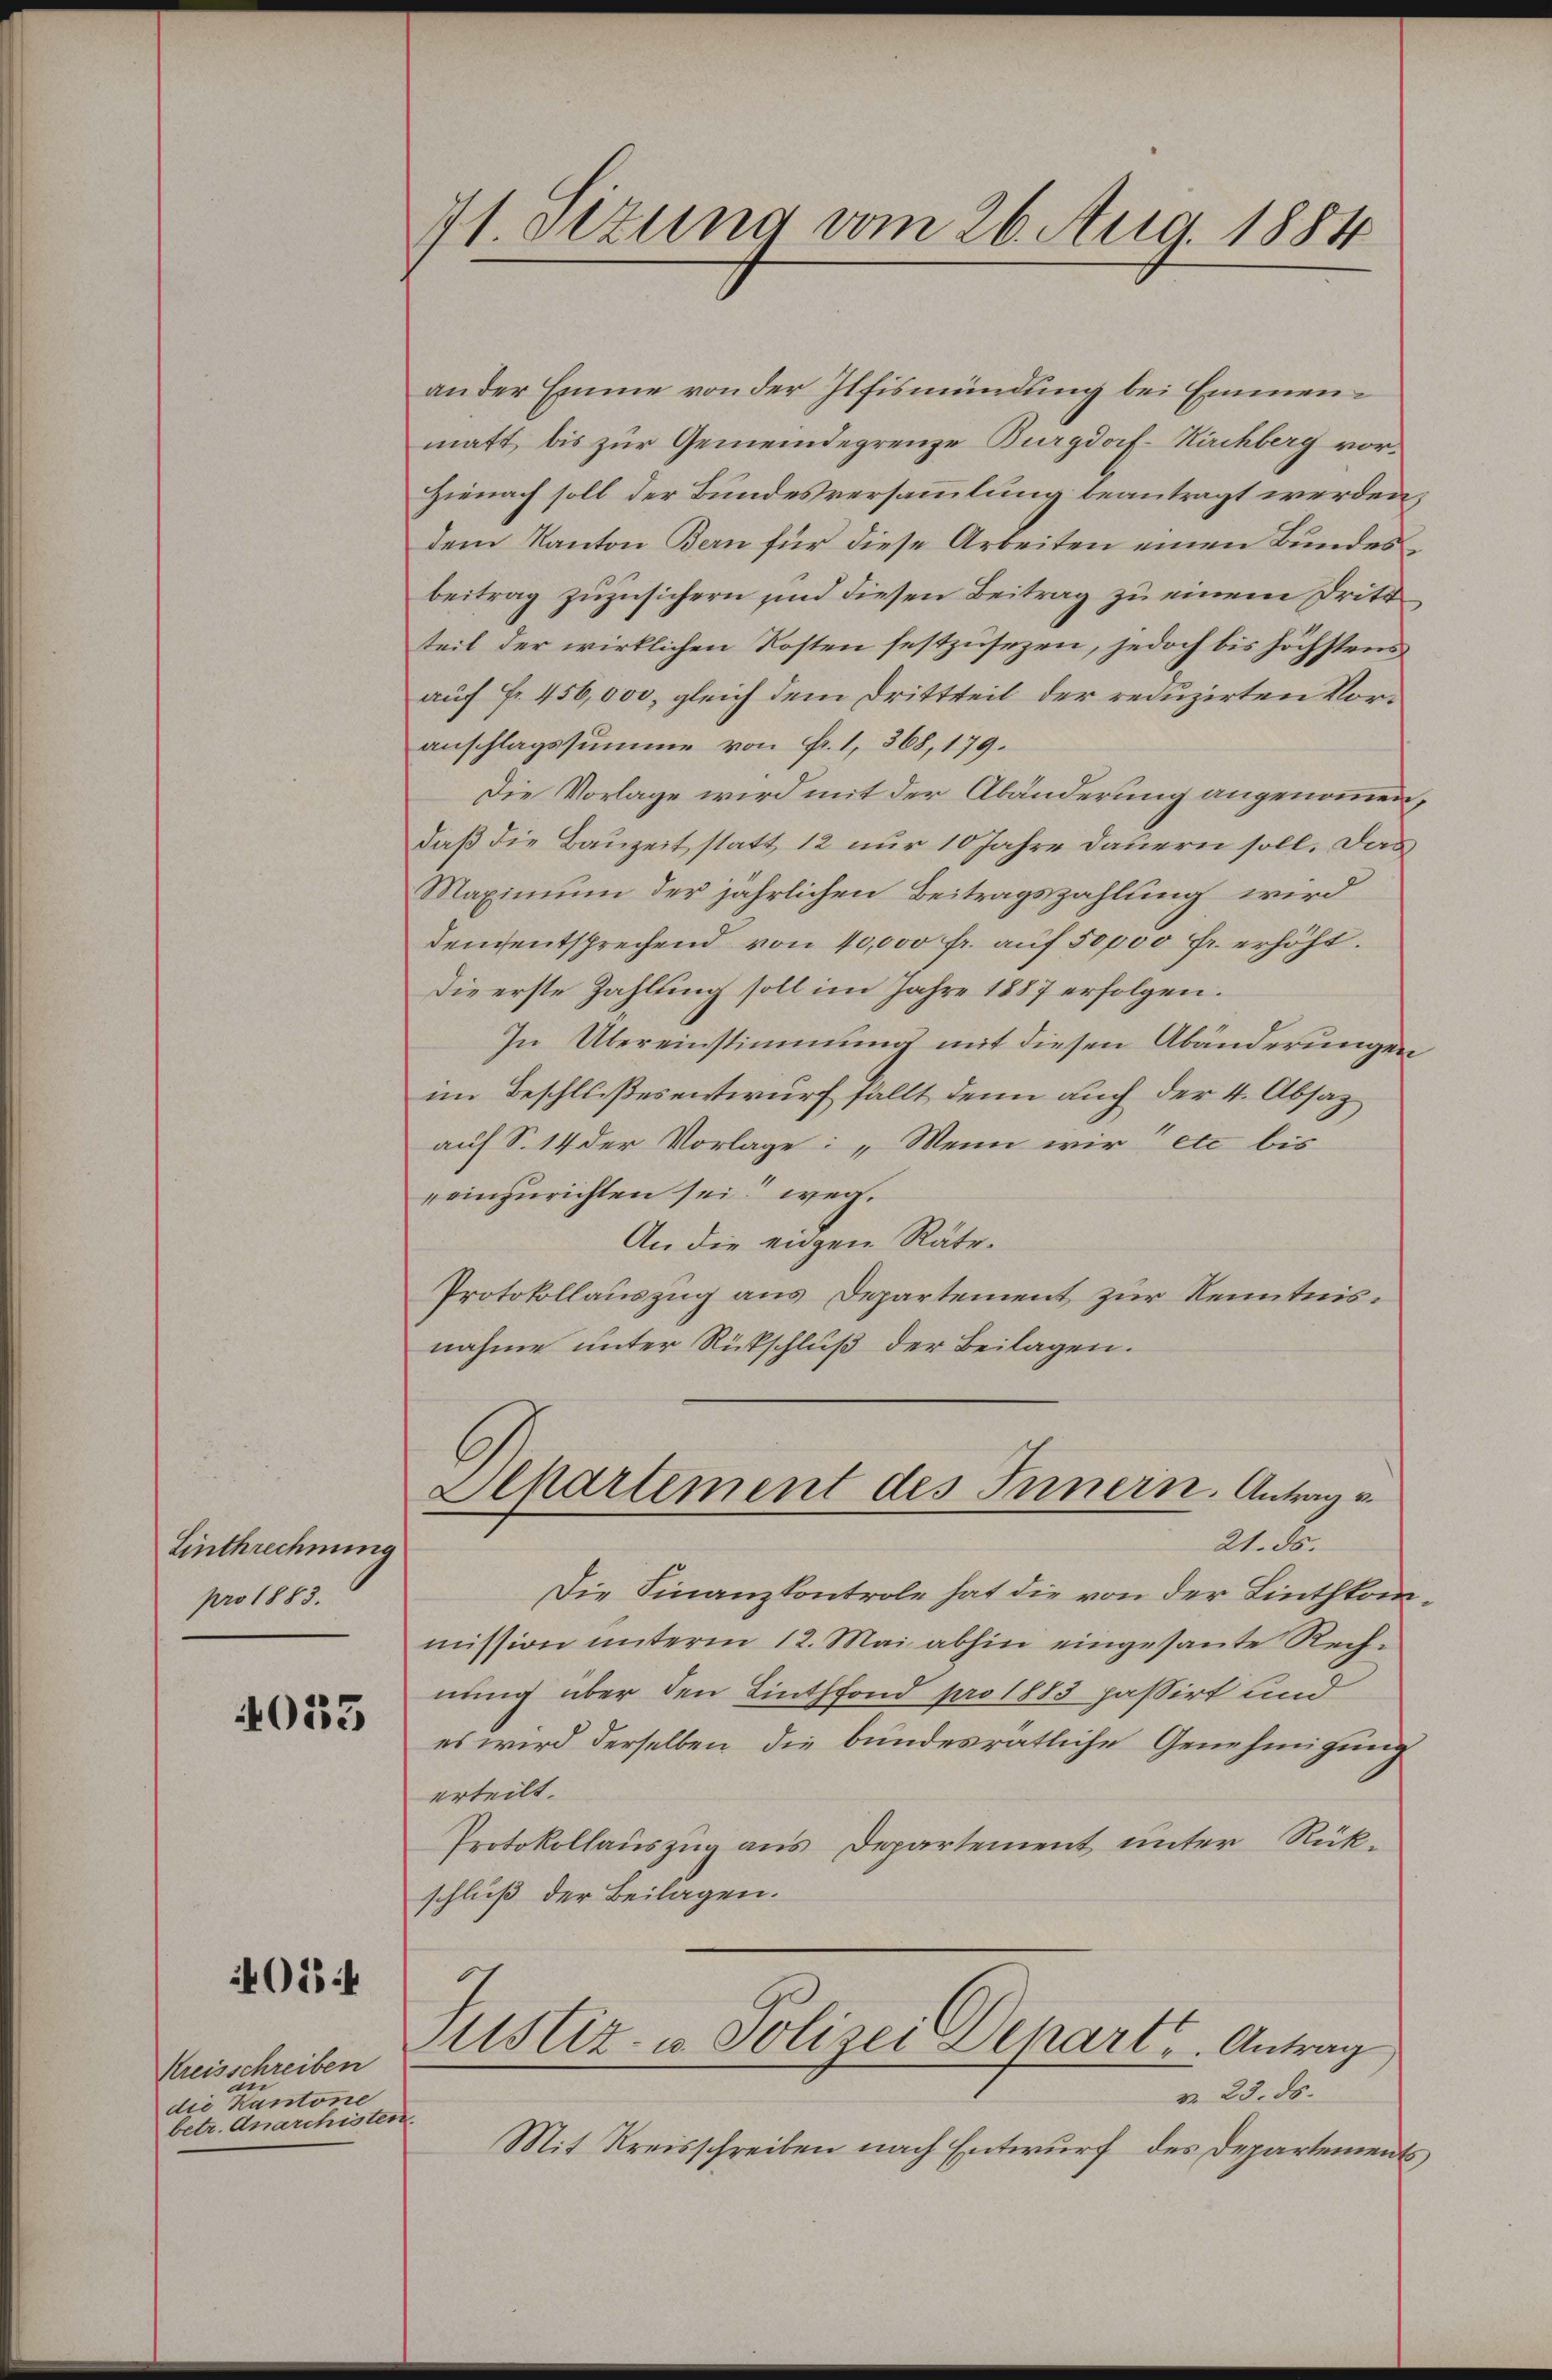
Einthrechnung
pro 1883.

4033

01

Kreisschreiben
de
die Kantone
betr. Anarchisten.

71. Ottung vom 26. Aug. 1884

an der Emme von der Pfismündung bei Emmenmatt, bis zur Gemeindegrenze Burgdorf- Kirchberg vor¬
Hienach soll der Bundesversammlung beantragt werden.
dem Kanton Bern für diese Arbeiten einen Bundesbeitrag zuzusichern und diesen Beitrag zu einem Dritt
teil der wirklichen Kosten festzusezen, jedoch bis höchstens
auch fr. 456,000, gleich dem Drittseit der reduzirten Voranschlagssumme von Fr. 1, 368, 179.
Die Vorlage wird mit der Abänderung angenommen,
daß die Bauzeit statt 12 nur 10 Jahre dauern soll. Das
Maximum der jährlichen Beitragszahlung wird
denentsprechend von 10,000 fr. auf 50000 Fr. erhöht.
Die erste Zahlling soll im Jahre 1887 erfolgen.
In Übereinstimmung mit diesen Abänderungen
im Beschlußesentwurf fällt denn auch der 4. Absaz
auf S. 14 der Vorlage: „Wenn wir etc bis
reinzurichten sei weg.
An die eigen Räte¬
Protokollauszug aus Departement zur Kenntnisnahme unter Rückschluß der Beilagen.
Alkartement des Innern. Antrage
21. Der
Die Finanzkontrole hat die von der Linthkommission unterm 12. Mai abhin eingesante Rech-
nung über den Linthfond pro 1883 passirt und
es wird derselben die bundesrätliche Genehmigung
erteilt.
Protokollauszug aus Departement unter Rükschluß der Beilagen.
Mistiz- u. Polizei Depart. Antrag
v. 23. ds.
Mit Kreisschreiben nach Entwurf des Departements,